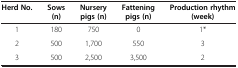
| Herd No. | Sows (n) | Nursery pigs (n) | Fattening pigs (n) | Production rhythm (week) |
 | --- | --- | --- | --- | --- |
 | 1 | 180 | 750 | 0 | 1* |
 | 2 | 500 | 1,700 | 550 | 3 |
 | 3 | 500 | 2,500 | 3,500 | 2 |